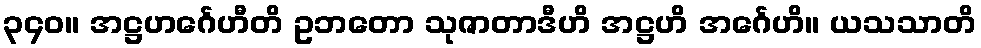
၃၄၀။ အဋ္ဌဟင်္ဂေဟီတိ ဥဘတော သုဇာတာဒီဟိ အဋ္ဌဟိ အင်္ဂေဟိ။ ယသသာတိ